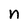
Character: n